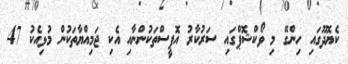
ކެޔޮދޫގައި ހިންގޭ މި ވޯކްޝޮޕްގައި ސަރުކާރު އޮފީސްތަކުންނާއި އެކި ޖަމިއްޔާތަކުން މުޅިއެކު 47